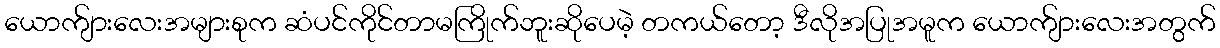
ယောက်ျားလေးအများစုက ဆံပင်ကိုင်တာမကြိုက်ဘူးဆိုပေမဲ့ တကယ်တော့ ဒီလိုအပြုအမူက ယောက်ျားလေးအတွက်